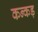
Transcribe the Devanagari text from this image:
कन्कड़